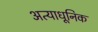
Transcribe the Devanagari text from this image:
अत्याधूनिक